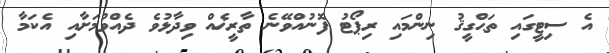
އެ ސިޓީގައި ތަޙްގީޤު ނިންމައި ރިޕޯޓު ފޮނުއްވޭނެ ތާރީޚެއް ވިދާޅުވެ ދެއްވުމަށާއި އެކަމާ